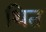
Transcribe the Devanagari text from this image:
थित